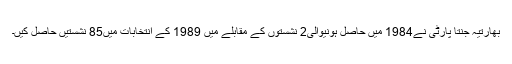
بھارتیہ جنتا پارٹی نے1984 میں حاصل ہونیوالی2 نشستوں کے مقابلے میں 1989 کے انتخابات میں85 نشستیں حاصل کیں۔